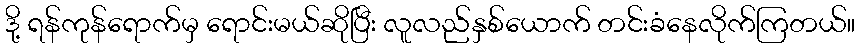
ဒို့ ရန်ကုန်ရောက်မှ ရောင်းမယ်ဆိုပြီး လူလည်နှစ်ယောက် တင်းခံနေလိုက်ကြတယ်။